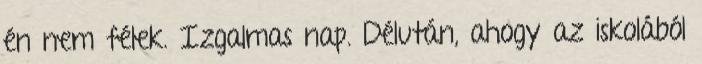
én nem félek. Izgalmas nap. Délután, ahogy az iskolából